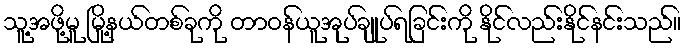
သူ့အဖို့မူ မြို့နယ်တစ်ခုကို တာဝန်ယူအုပ်ချုပ်ရခြင်းကို နိုင်လည်းနိုင်နင်းသည်။